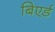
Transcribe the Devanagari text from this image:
बिएर्ड